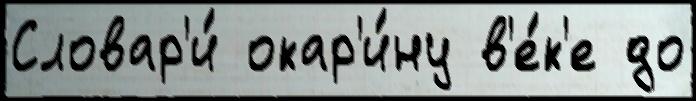
Словар'и́ окар'и́ну в'е́к'е до